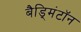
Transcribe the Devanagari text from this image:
बैड्मिंटॉन